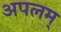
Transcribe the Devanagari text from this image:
अपलम्